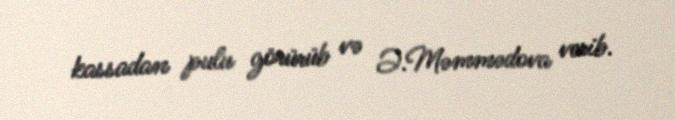
kassadan pulu görürüb və Ə.Məmmədova verib.